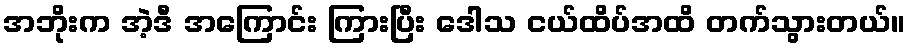
အဘိုးက အဲ့ဒီ အကြောင်း ကြားပြီး ဒေါသ ငယ်ထိပ်အထိ တက်သွားတယ်။